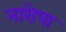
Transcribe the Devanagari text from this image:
नारोपा